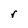
Character: r